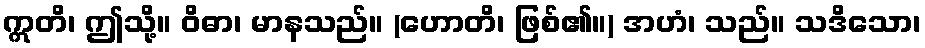
ဣတိ၊ ဤသို့။ ဝိဓာ၊ မာနသည်။ (ဟောတိ၊ ဖြစ်၏။) အဟံ၊ သည်။ သဒိသော၊